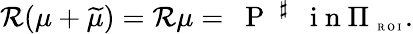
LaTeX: {\mathcal R}(\mu+\widetilde{\mu})={\mathcal R}\mu=\mathrm{~\mathrm{~P~}~}^{\sharp}~~\mathrm{~i~n~}\Pi_{\mathrm{~\tiny~R~O~I~}}.